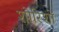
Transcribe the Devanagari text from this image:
शोरिशों